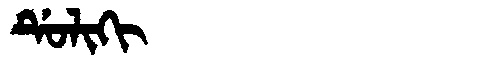
Manchu: ᡩᡠᠯᡳᡴᡳ
Romanization: DULIKI